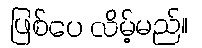
ဖြစ်ပေ လိမ့်မည်။